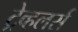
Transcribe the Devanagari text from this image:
ट्रेव्हलर्स